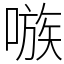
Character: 嗾